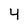
Character: 4